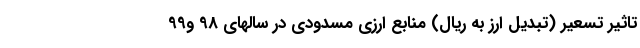
تاثیر تسعیر (تبدیل ارز به ریال) منابع ارزی مسدودی در سالهای 98 و99